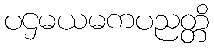
ပဌမယမကပညတ္တိ